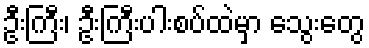
ဦးကြီး၊ ဦးကြီးပါးစပ်ထဲမှာ သွေးတွေ